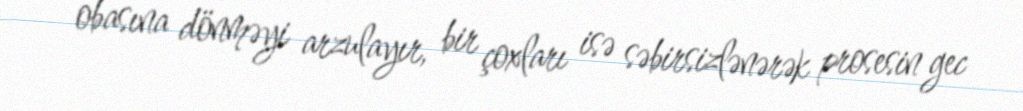
obasına dönməyi arzulayır, bir çoxları isə səbirsizlənərək prosesin gec